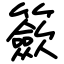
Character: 籨